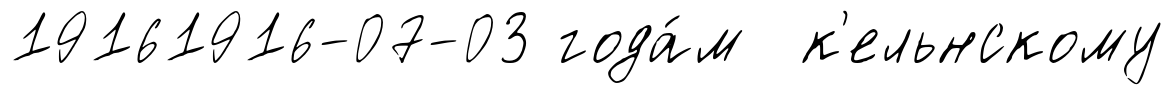
19161916-07-03 года́м к'ельнскому